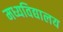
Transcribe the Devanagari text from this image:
मध्यविद्यालय